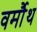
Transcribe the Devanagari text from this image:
वर्मौथ